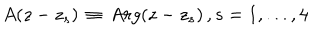
LaTeX: A ( z - z _ { s } ) \, \equiv \, A r g ( z - z _ { s } ) \, , s = 1 , . . . , 4